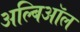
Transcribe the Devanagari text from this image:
अल्बिऑल